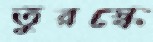
তুরস্কে